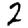
Digit: 2